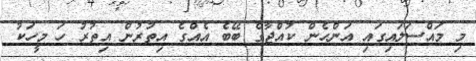
މި މައްސަލައިގައި އަންހެން ކުއްޖާގެ ބޭބެ އެއްގެ އިތުރުން އިތުރު ހަ މީހަކު